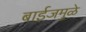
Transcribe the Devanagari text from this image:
बाईजमुळे